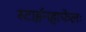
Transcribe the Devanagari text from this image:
स्टाईनहाफेलः